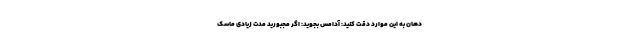
دهان به این موارد دقت کنید: آدامس بجوید: اگر مجبورید مدت زیادی ماسک